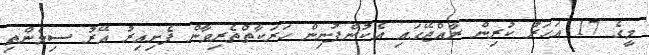
މީގެ 17 އަހަރު ކުރިން ރާއްޖޭގައި އެކުންފުނިން ހަރަކާތްތެރިވާން ފެށިއިރު އޭރު ސިމެންތި